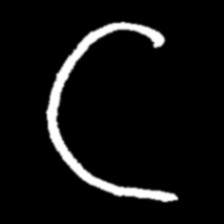
Pyu character \u2014 Myanmar letter: ဋ (romanized: tta)